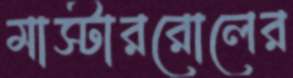
মাস্টাররোলের